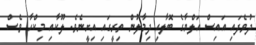
ދުވެފައި އައިސް އަލްޔާގެ ބޮލާއި ދިމާލުން ތިރީގައި އިށީނެވެ. ލޫކާއި މިކްހާ ވެސް